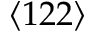
\langle 1 2 2 \rangle